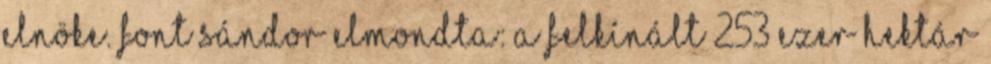
elnöke. Font Sándor elmondta: a felkínált 253 ezer hektár